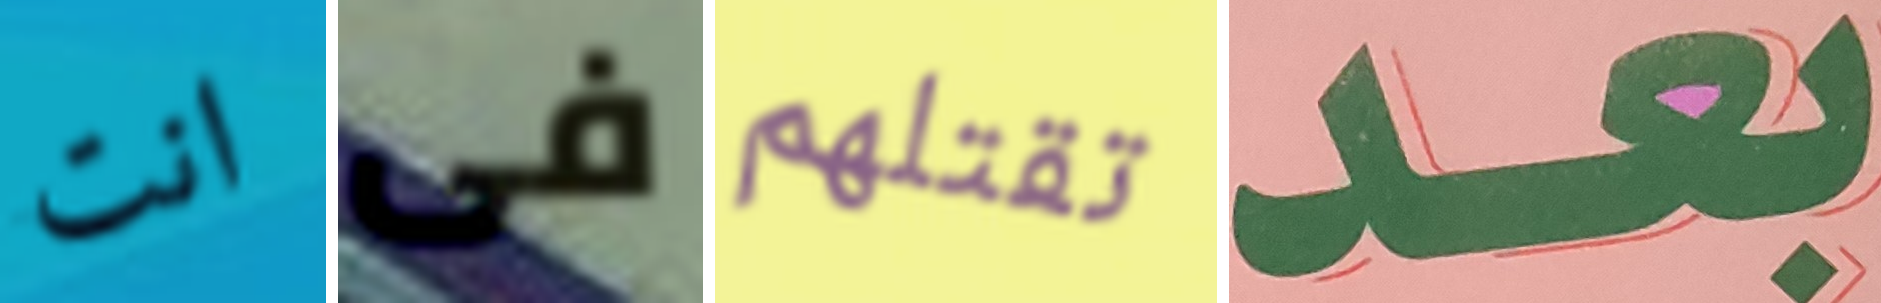
انت فى تقتلهم بعد